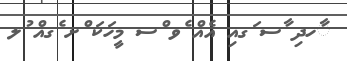
ާހދި ާސ ަގއި އެއް ެވ ްސ މީހަކަ ްށ ެގއް ުލ